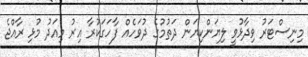
މިނިސްޓަރު ވިދާޅުވީ ލިޔަންކިޔަން ދަތުމުގެ ދުވަހެއް ފާހަގަކުރާ އިރު މިއަދު މުޅި ރާއްޖެ